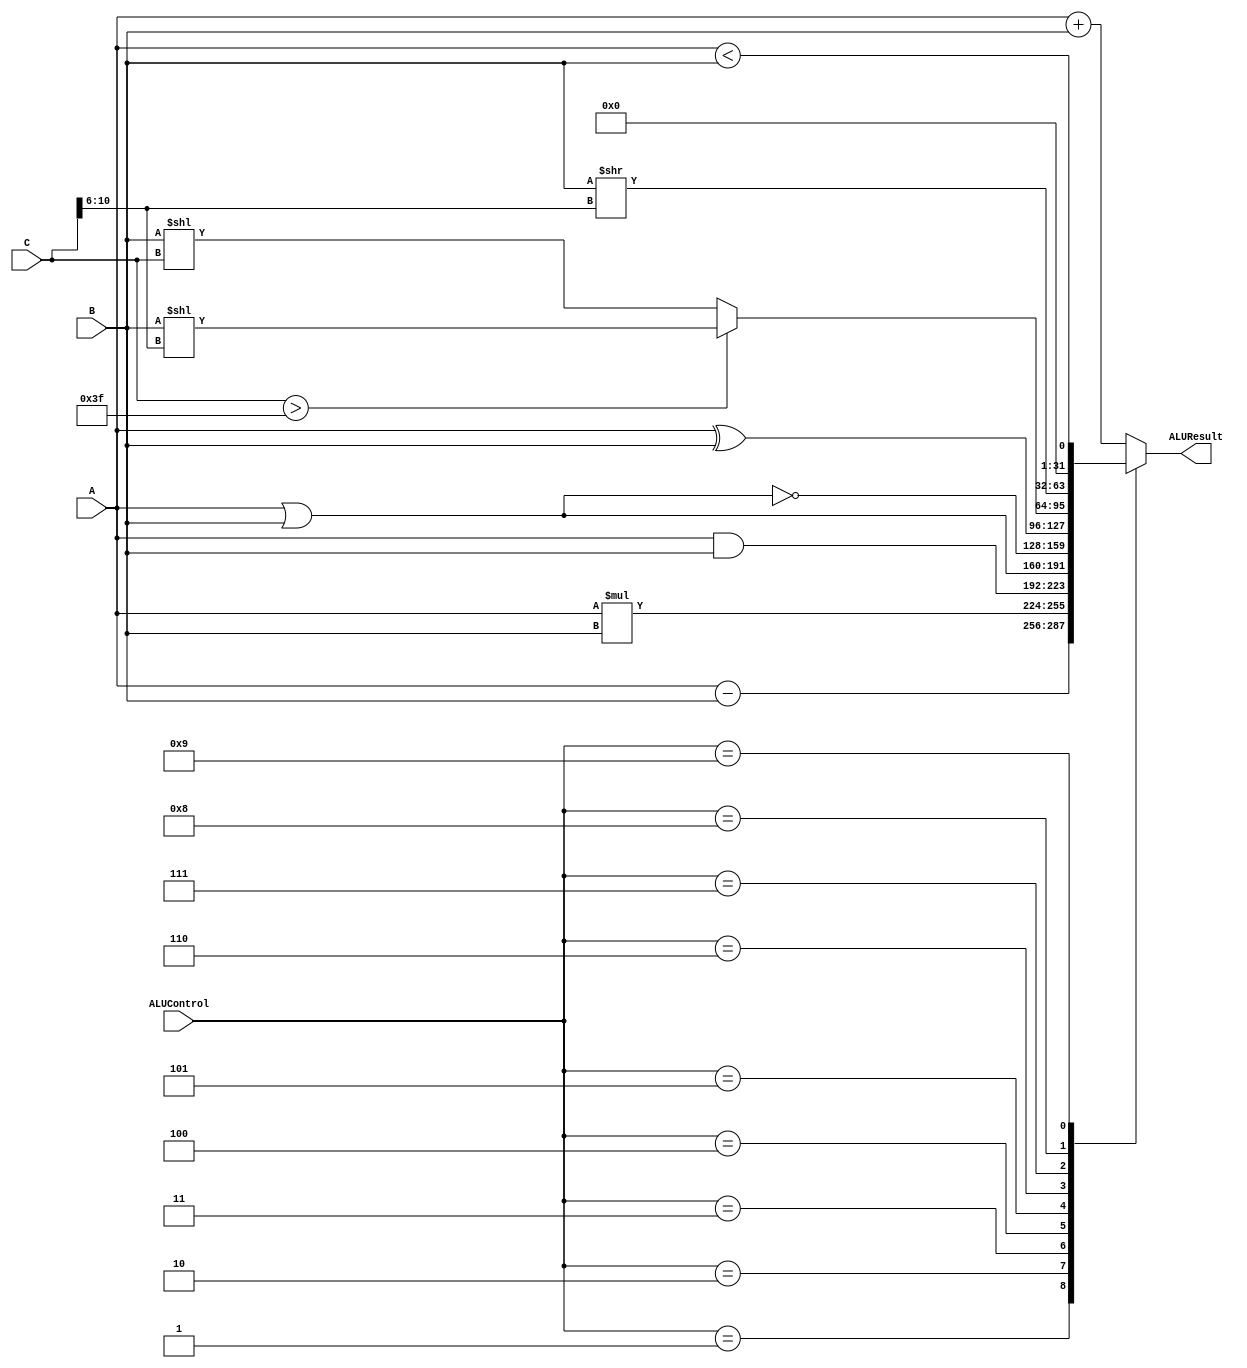
module ALU32Bit(ALUControl, A, B, C, ALUResult);

  input [5:0] ALUControl; // control bits for ALU operation
  input /*signed*/ [31:0] A, B, C;	    // inputs

  output reg[31:0] ALUResult;

  always@(*) begin
  ALUResult <= 0;
    case(ALUControl)
    0: begin //add & addi & lw & sw & j & jr & jal
    ALUResult <= A+B; 
    end
    1: begin //sub
    ALUResult <= A-B; 
    end
    2: begin //mul
    ALUResult <= A*B; 
    end
    3: begin //and & andi
    ALUResult <= (A&B);
    end
    4: begin //or & ori
    ALUResult <= (A|B);
    end
    5: begin //nor
    ALUResult <= ~(A|B);
    end
    6: begin //xor & xori
    ALUResult <= (A^B); 
    end
    7: begin //sll
    if (C > 63) begin // if statement to account for hard coded values, which would fail otherwise and break the jump
    ALUResult <= B<<C[10:6];
    end
    else begin
    ALUResult <= B<<C;
    end
    end
    8: begin //srl
    ALUResult <= B>>C[10:6];
    end
    9: begin //slt & slti
    ALUResult <= (A<B); 
    end

    default: begin
    ALUResult <= A+B;
    end

endcase
end

endmodule